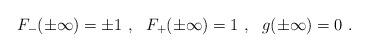
LaTeX: \begin{align*}F_- (\pm \infty ) = \pm 1 \ ,\ \ F_+ ( \pm \infty ) = 1 \ , \ \ g (\pm \infty ) = 0 \ .\end{align*}